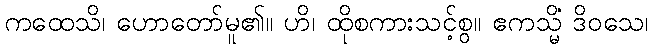
ကထေသိ၊ ဟောတော်မူ၏။ ဟိ၊ ထိုစကားသင့်စွ။ ဧကသ္မိံ ဒိဝသေ၊